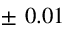
\pm \ 0 . 0 1